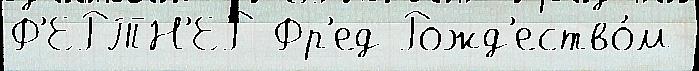
Ф'ЕРТН'ЕР Фр'ед Рожд'ество́м